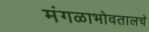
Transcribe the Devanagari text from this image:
मंगळाभोवतालचे